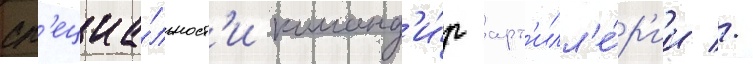
сп'ециа́льност'и команд'и́р арт'илл'е́р'ии //